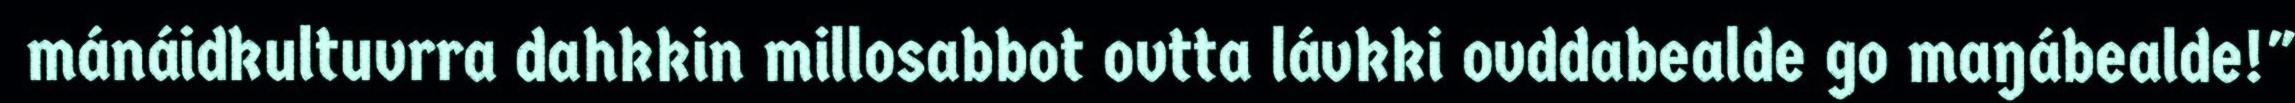
mánáidkultuvrra dahkkin millosabbot ovtta lávkki ovddabealde go maŋábealde!"